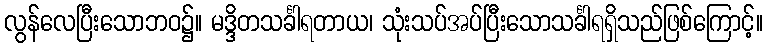
လွန်လေပြီးသောဘဝ၌။ မဒ္ဒိတသင်္ခါရတာယ၊ သုံးသပ်အပ်ပြီးသောသင်္ခါရရှိသည်ဖြစ်ကြောင့်။